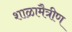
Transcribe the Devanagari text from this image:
शाळामैत्रीण